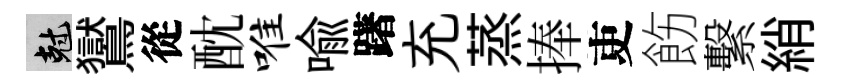
剋鸑從酖唯喩躇充蒸捧吏飭繫綃